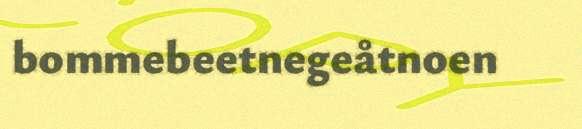
bommebeetnegeåtnoen